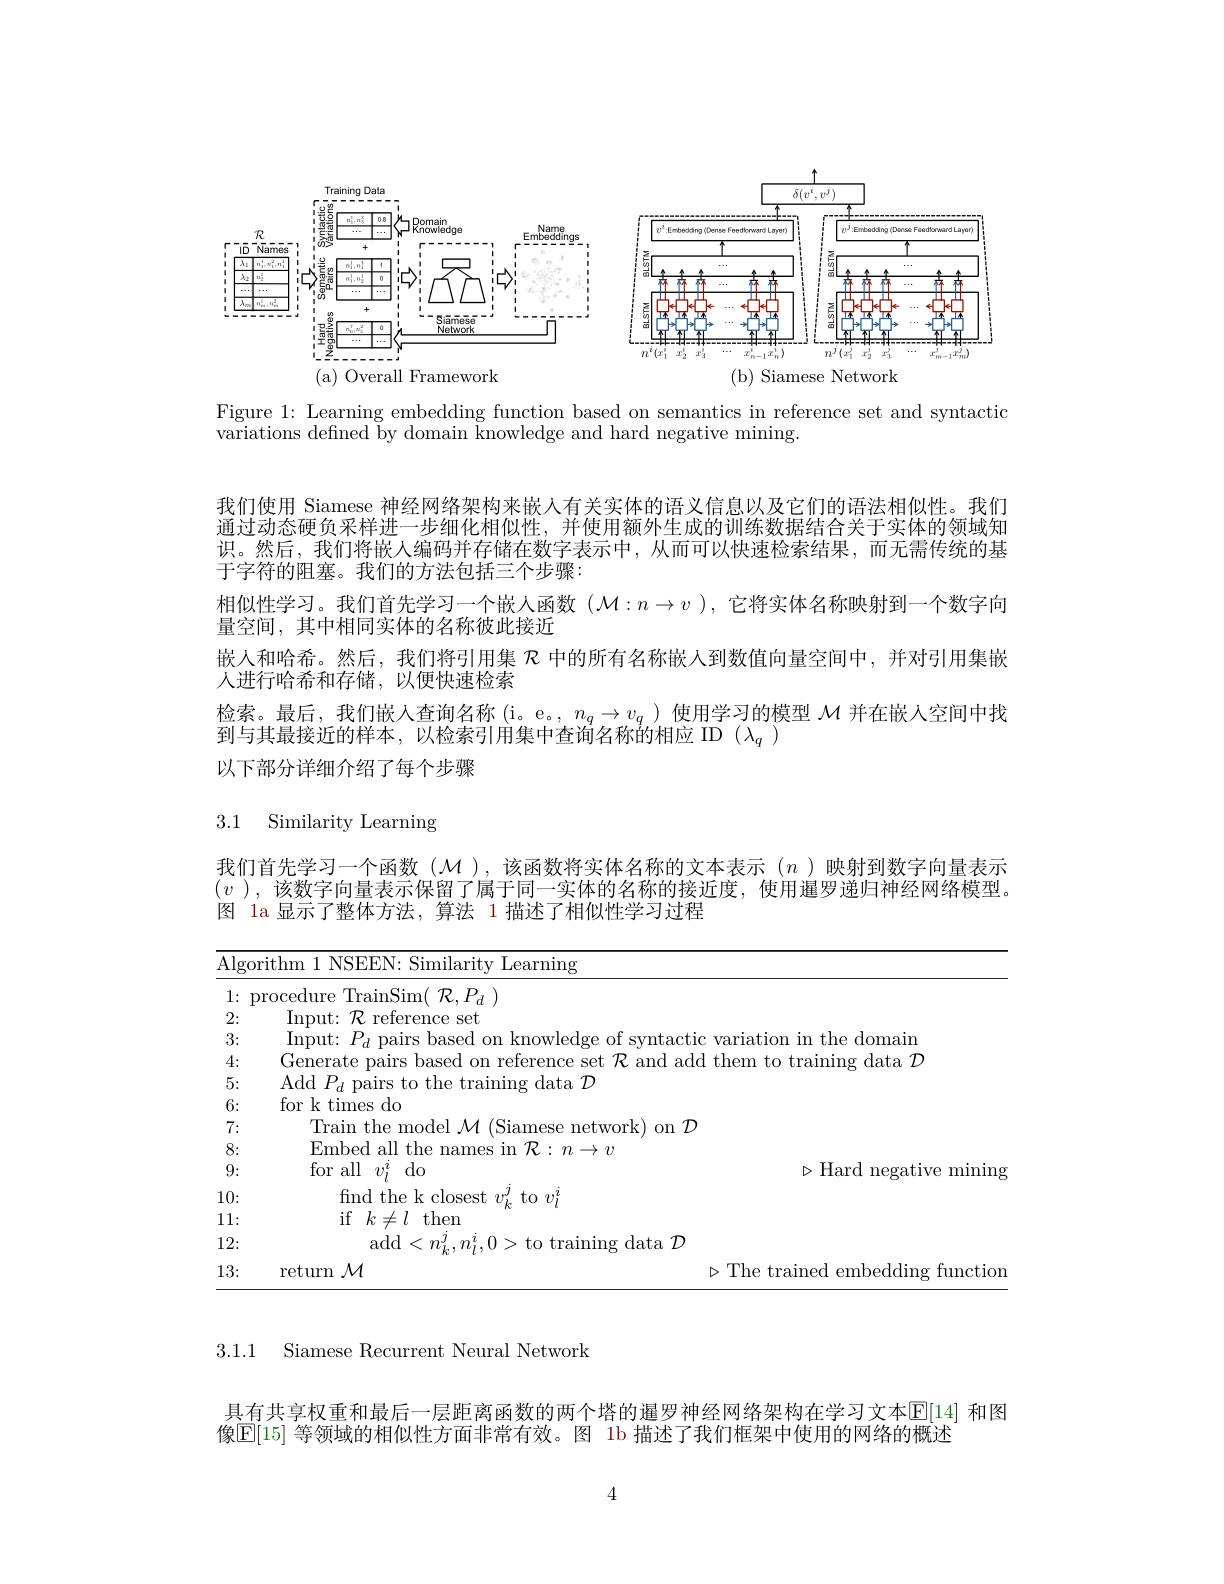
<FigureHere>

Figure 1: Learning embedding function based on semantics in reference set and syntactic
variations defined by domain knowledge and hard negative mining.

我们使用 Siamese 神经网络架构来嵌人有关实体的语义信息以及它们的语法相似性。我们通过动态硬负采样进一步细化相似性，并使用额外生成的训练数据结合关于实体的领域知识。然后，我们将嵌人编码并存储在数字表示中，从而可以快速检索结果，而无需传统的基于字符的阻塞。我们的方法包括三个步骤：
相似性学习。我们首先学习一个嵌人函数$(\mathcal{M}:n\to v$ ),它将实体名称映射到一个数字向
量空间，其中相同实体的名称彼此接近
嵌人和哈希。然后，我们将引用集$\mathcal{R}$中的所有名称嵌人到数值向量空间中，并对引用集嵌
人进行哈希和存储，以便快速检索
检索。最后，我们嵌入查询名称 (i。e。, $n_q\to v_q$ ) 使用学习的模型$\mathcal{M}$并在嵌入空间中找
到与其最接近的样本，以检索引用集中查询名称的相应 ID $(\lambda_q)$
以下部分详细介绍了每个步骤

### 3.1 Similarity Learning

我们首先学习一个函数($\mathcal{M}$ ),该函数将实体名称的文本表示$(n$ )映射到数字向量表示$(v$ ), 该数字向量表示保留了属于同一实体的名称的接近度，使用暹罗递归神经网络模型。图 1a 显示了整体方法，算法 1 描述了相似性学习过程

<table>
	<tbody>
		<tr>
			<td>$\underline{\mathrm{Alg}}.$</td>
			<td>EN:  Similarity Learning</td>
		</tr>
		<tr>
			<td>1: 4  </td>
			<td>$\operatorname{inSim}(~\mathcal{R},P_{d}~)$</td>
		</tr>
		<tr>
			<td>2:</td>
			<td>'o eference set</td>
		</tr>
		<tr>
			<td>3:</td>
			<td>TATS s hased on knowledre ot s varlation 117  the domalr</td>
		</tr>
		<tr>
			<td>4:</td>
			<td>alr s hased $nm$ reterence 14 add them to trainins $\mathrm{data}^{\prime}$</td>
		</tr>
		<tr>
			<td>5:</td>
			<td>to the training data $\mathcal{D}$</td>
		</tr>
		<tr>
			<td>6:</td>
			<td>$do$</td>
		</tr>
		<tr>
			<td>7:</td>
			<td>$1\rho$model$M$ VIG $\operatorname { \mathrm{metwork) ~on~}} \mathcal{D}$</td>
		</tr>
		<tr>
			<td>8:</td>
			<td>allthe nampc $l\rightarrow\eta$</td>
		</tr>
		<tr>
			<td>9:</td>
			<td>$do$ $\triangleright$Hard negative min</td>
		</tr>
		<tr>
			<td>10:</td>
			<td>the k closest $t_{0}$ $v_{n}^{p}$</td>
		</tr>
		<tr>
			<td>11:  </td>
			<td>$:I$ then</td>
		</tr>
		<tr>
			<td>12: 1</td>
			<td>rainino r data $\mathcal{D}$</td>
		</tr>
		<tr>
			<td>13:</td>
			<td>$\triangleright$The trained tunc</td>
		</tr>
	</tbody>
</table>

3.1.1

Siamese Recurrent Neural Network

具有共享权重和最后一层距离函数的两个塔的暹罗神经网络架构在学习文本$\mathbb{E}[14]$ 和图
像$\mathbb{E}[15]$ 等领域的相似性方面非常有效。图 1b 描述了我们框架中使用的网络的概述

4